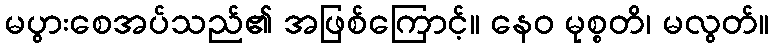
မပွားစေအပ်သည်၏ အဖြစ်ကြောင့်။ နေဝ မုစ္စတိ၊ မလွတ်။